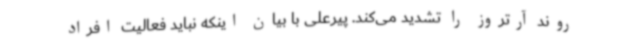
روند آرتروز را تشدید می‌کند. پیرعلی با بیان اینکه نباید فعالیت افراد